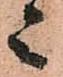
上